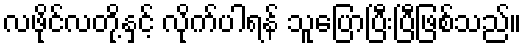
လဖိုင်လတို့နှင့် လိုက်ပါရန် သူပြောပြီးပြီဖြစ်သည်။